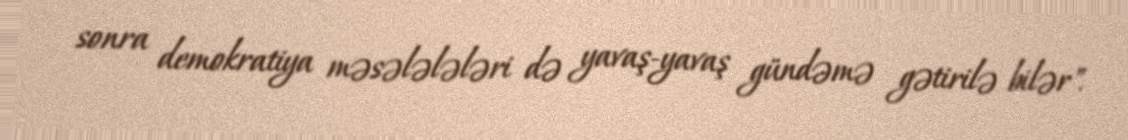
sonra demokratiya məsələlələri də yavaş-yavaş gündəmə gətirilə bilər".